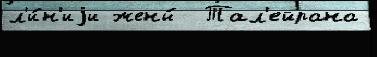
л'и́н'иjи жены́  Тал'ейрана